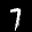
Label: 7